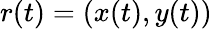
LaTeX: r(t)=(x(t),y(t))